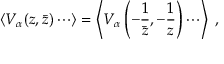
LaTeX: \langle V _ { \alpha } ( z , \bar { z } ) \cdots \rangle = \left\langle V _ { \alpha } \left( - \frac { 1 } { \bar { z } } , - \frac { 1 } { z } \right) \cdots \right\rangle ~ ,